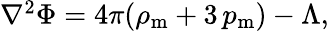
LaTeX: \begin{array}{r}{\nabla^{2}\Phi=4\pi(\rho_{\mathrm{m}}+3\, p_{\mathrm{m}})-\Lambda,}\end{array}